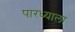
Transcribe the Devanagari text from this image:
पारध्याला